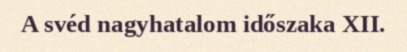
A svéd nagyhatalom időszaka XII.